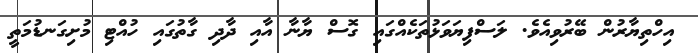
އިހްތިޔާރުން ބޭރުވިއެވެ. ލަސްފިޔަވަޅުތަކެއްގައި ގޮސް ޔާނާ އާއި ދާދި ގާތުގައި ހުއްޓި މުށިގަނޑުމަތީ